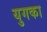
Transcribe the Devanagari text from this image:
युगका